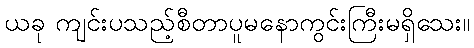
ယခု ကျင်းပသည့်စီတာပူမနောကွင်းကြီးမရှိသေး။